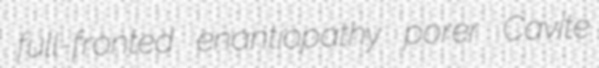
full-fronted enantiopathy porer Cavite